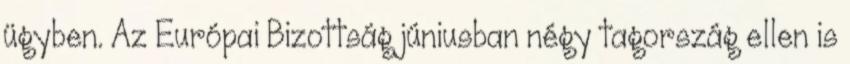
ügyben. Az Európai Bizottság júniusban négy tagország ellen is